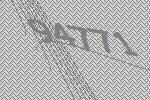
94771